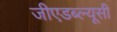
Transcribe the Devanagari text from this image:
जीएडब्ल्यूसी